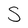
Character: S